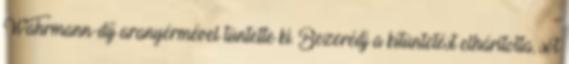
Wahrmann-díj aranyérmével tüntette ki. Bezerédj a kitüntetést elhárította, sőt